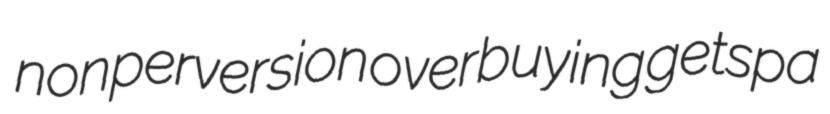
nonperversion overbuying getspa